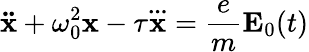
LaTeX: \mathbf{\ddot{x}}+\omega_{0}^{2}\mathbf{x}-\tau\mathbf{\overset{...}{x}}={\frac{e}{m}}\mathbf{E}_{0}(t)